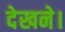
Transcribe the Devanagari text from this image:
देखने।